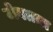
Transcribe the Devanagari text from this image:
जेवतात